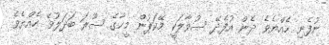
ނުފެނި ހެއްޔެވެ ދެން އުފެދޭ ސުވާލަކީ މޭކަޕުން މީހާގެ ސޫރަ ބަދަލުވޭ ހެއްޔެވެ